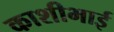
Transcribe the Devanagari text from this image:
काशीभाई